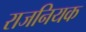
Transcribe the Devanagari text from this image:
राजनियक